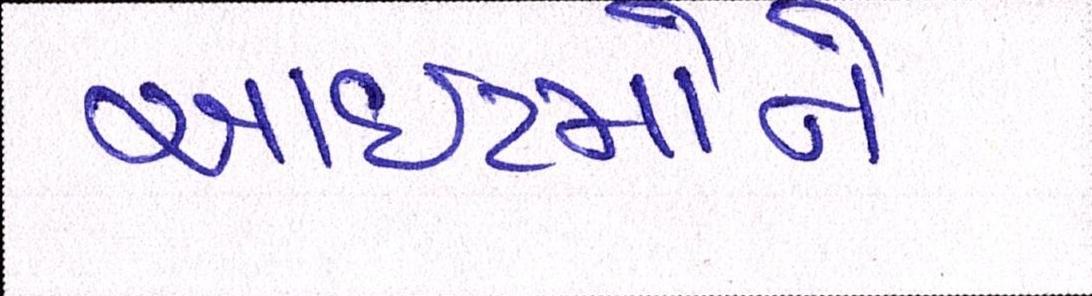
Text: આઈટમોનો